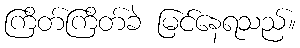
ကြိတ်ကြိတ်ခဲ မြင်နေရသည်။